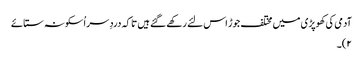
آدمی کی کھوپڑی میں مختلف جوڑ اس لئے رکھے گئے ہیں تا کہ دردِ سر اُسکو نہ ستائے
۲)۔